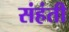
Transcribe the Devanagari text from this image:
संहंती